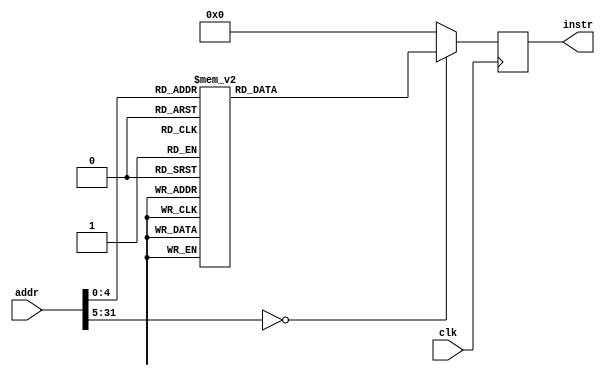
`timescale 1ns / 1ps
//////////////////////////////////////////////////////////////////////////////////
// Company: 
// Engineer: 
// 
// Design Name: 
// Module Name: instr_mem
// Project Name: 
// Target Devices: 
// Tool Versions: 
// Description: 
// 
// Dependencies: 
// 
// Revision:
// Revision 0.01 - File Created
// Additional Comments:
// 
//////////////////////////////////////////////////////////////////////////////////


module instr_mem(
	input			clk,
	input[31:0]		addr,
	output [31:0]	instr
	);
	
	reg[31:0]	out;
	assign instr = out;
	always@(posedge clk)
	begin
		case(addr)
			32'd0	:	out = 32'b000000000001_00000_000_00101_0010011;//ADDI rd = 5 , rs1 = 0, func3 = 0 , imm = 1
			32'd1	:	out = 32'b000000000101_00000_000_00110_0010011;//ADDI rd = 6 , rs1 = 0, func3 = 0 , imm = 5
			32'd2	:	out = 32'b111111111111_00000_000_00111_0010011;//ADDI rd = 7 , rs1 = 0, func3 = 0 , imm = -1
			32'd3	:	out = 32'b0_000000_00101_00101_000_0001_0_1100011;//BEQ imm = 2 , rs1 = 5 , rs2 = 5
			32'd4	:	out = 32'b000000000001_00000_000_11110_0010011;//ADDI rd = 30, func3 = 0 , imm = 1
			32'd5	:	out = 32'b0_000000_00000_00101_000_0000_0_1100011;//BEQ imm = 0 , rs1 = 5 , rs2 = 0
			32'd6	:	out = 32'b0_000000_00000_00101_001_0001_0_1100011;//BNE imm = 1 , rs1 = 5 , rs2 = 0
			32'd7	:	out = 32'b000000000001_00000_000_11110_0010011;//ADDI rd = 30, rs1 = 0, func3 = 0 , imm = 1
			32'd8	:	out = 32'b0_000000_00000_00000_001_0000_0_1100011;//BNE imm = 0, rs1 = 0, rs2 = 0
			32'd9	:	out = 32'b0_000000_00110_00111_100_0001_0_1100011;//BLT imm = 1, rs1 = 7, rs2 = 6
			32'd10	:	out = 32'b000000000001_00000_000_11110_0010011;//ADDI rd = 30, func3 = 0, rs1 = 0, imm = 1
			32'd11	:	out = 32'b0_000000_00111_00110_100_0000_0_1100011;//BLT imm = 0, rs1 = 6, rs2 = 7
			32'd12	:	out = 32'b0_000000_00111_00110_101_0001_0_1100011;//BGE imm = 1, rs1 = 6, rs2 = 7
			32'd13	:	out = 32'b000000000001_00000_000_11110_0010011;//ADDI rd = 30, rs1 = 0, funct3 = 0, imm = 1
			32'd14	:	out = 32'b0_000000_00000_00111_101_0000_0_1100011;//BGE imm = 0, rs1 = 7, rs2 = 0
			32'd15	:	out = 32'b0_000000_00111_00101_110_0001_0_1100011;//BLTU imm = 1, rs1 = 5, rs2 = 7
			32'd16	:	out = 32'b000000000001_00000_000_11111_0010011;//ADDI rd = 31, rs1 = 0, func3 = 0, imm = 1
			32'd17	:	out = 32'b000000000010_00000_000_11111_0010011;//ADDI rd = 31, rs1 = 0, func3 = 0, imm = 2
			32'd18	:	out = 32'b1_111111_00000_00000_110_1110_1_1100011;//BLTU imm = -4, rs1 = 0, rs2 = 0
			32'd19	:	out = 32'b0_000000_00110_00111_111_0001_0_1100011;//BGEU imm = 1 , rs1 = 7, rs2 = 6
			32'd20	:	out = 32'b000000000001_00000_000_11110_0010011;
			32'd21	:	out = 32'b000000000001_11110_000_11110_0010011;
			32'd22	:	out = 32'b0000000000000000000000000_0000000; 
			default: out = 32'd0; 
		endcase
	end
	

endmodule